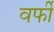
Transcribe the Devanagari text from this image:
वर्फी